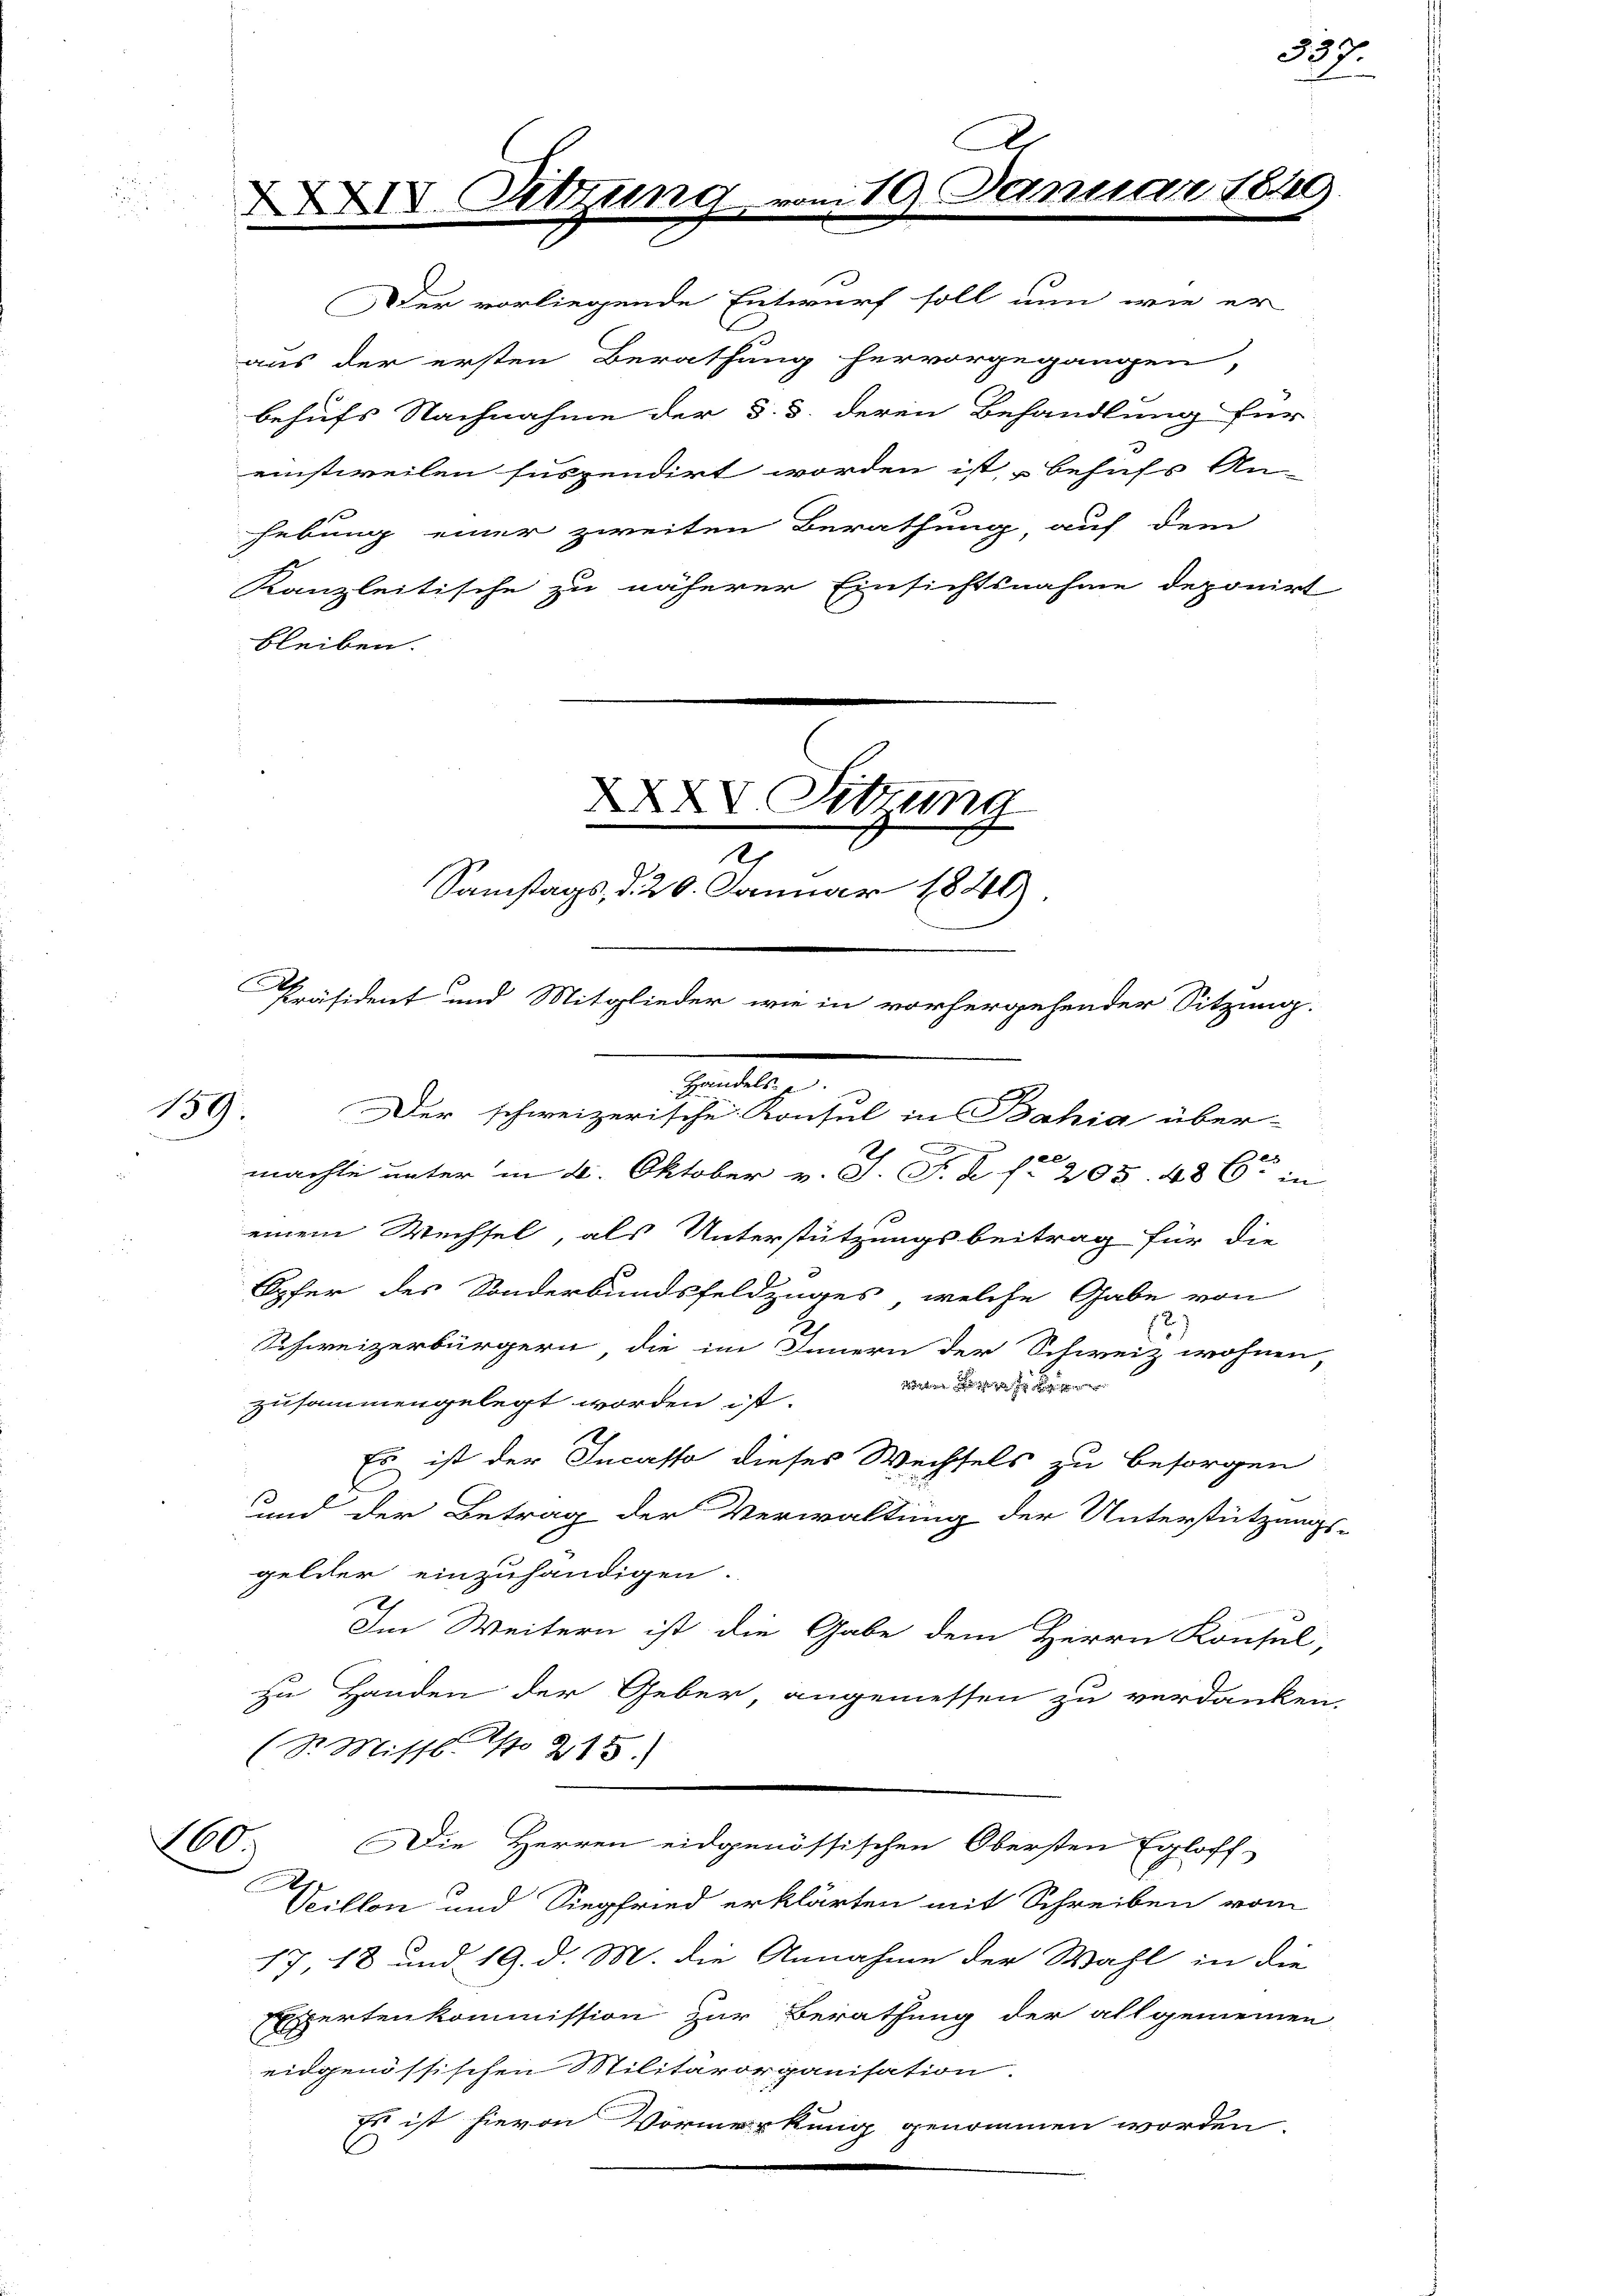
0

XXIV. Sitzun

Der vorliegende Entwurf soll nun wie er
aus der ersten Berathung hervorgegangen,
Kanzleitische zu näherer Einsichtsnahme deponirt
bleiben.

.
119. Janu

behufs Nachnahme der §. 3. deren Behandlung für
einstweilen suspendirt worden ist, besuchs An-
hebung einer zweiten Berathung, auf dem

XXXV. Sitzung
n
Samstags, d. 20. Januar 1840
Präsident und Mitglieder wie in vorhergehender Sitzung.
Bandeln
159. Der schweizerische Konsul in Bahia über-

n
2
machte unter in 4. Oktober v. J. J. Z. f. 205. 486. in
einem Wechsel, als Unterstützungsbeitrag für die
Opfer des Sonderbundsfeldzuges, welche Gabe von
2
Schweizerbürgern die im Innern der Schweiz wohnen,

zusammengelegt worden ist.
Es ist der Incasso dieses Wechsels zu besorgen
und der Betrag der Verwaltung der Unterstützungs-
gelder einzuhändigen.
Im Weitern ist die Gabe dem Herrn Konsel,
zu Handen der Geber, angemessen zu verdanken,
(S. Missl No 215.
Die Herren eidgenössischen Obersten Egloff
Sillon und Siegfried erklärten mit Schreiben vom
17, 18 und 19. d. M. die Annahme der Wahl in die
Expertenkommission zur Berathung der allgemeinen
eidgenössischen Militärorganisation.
Es ist hievon Vormerkung genommen worden.

37.